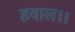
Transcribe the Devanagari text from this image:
हवाल।।